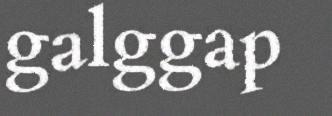
galggap